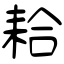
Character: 耠